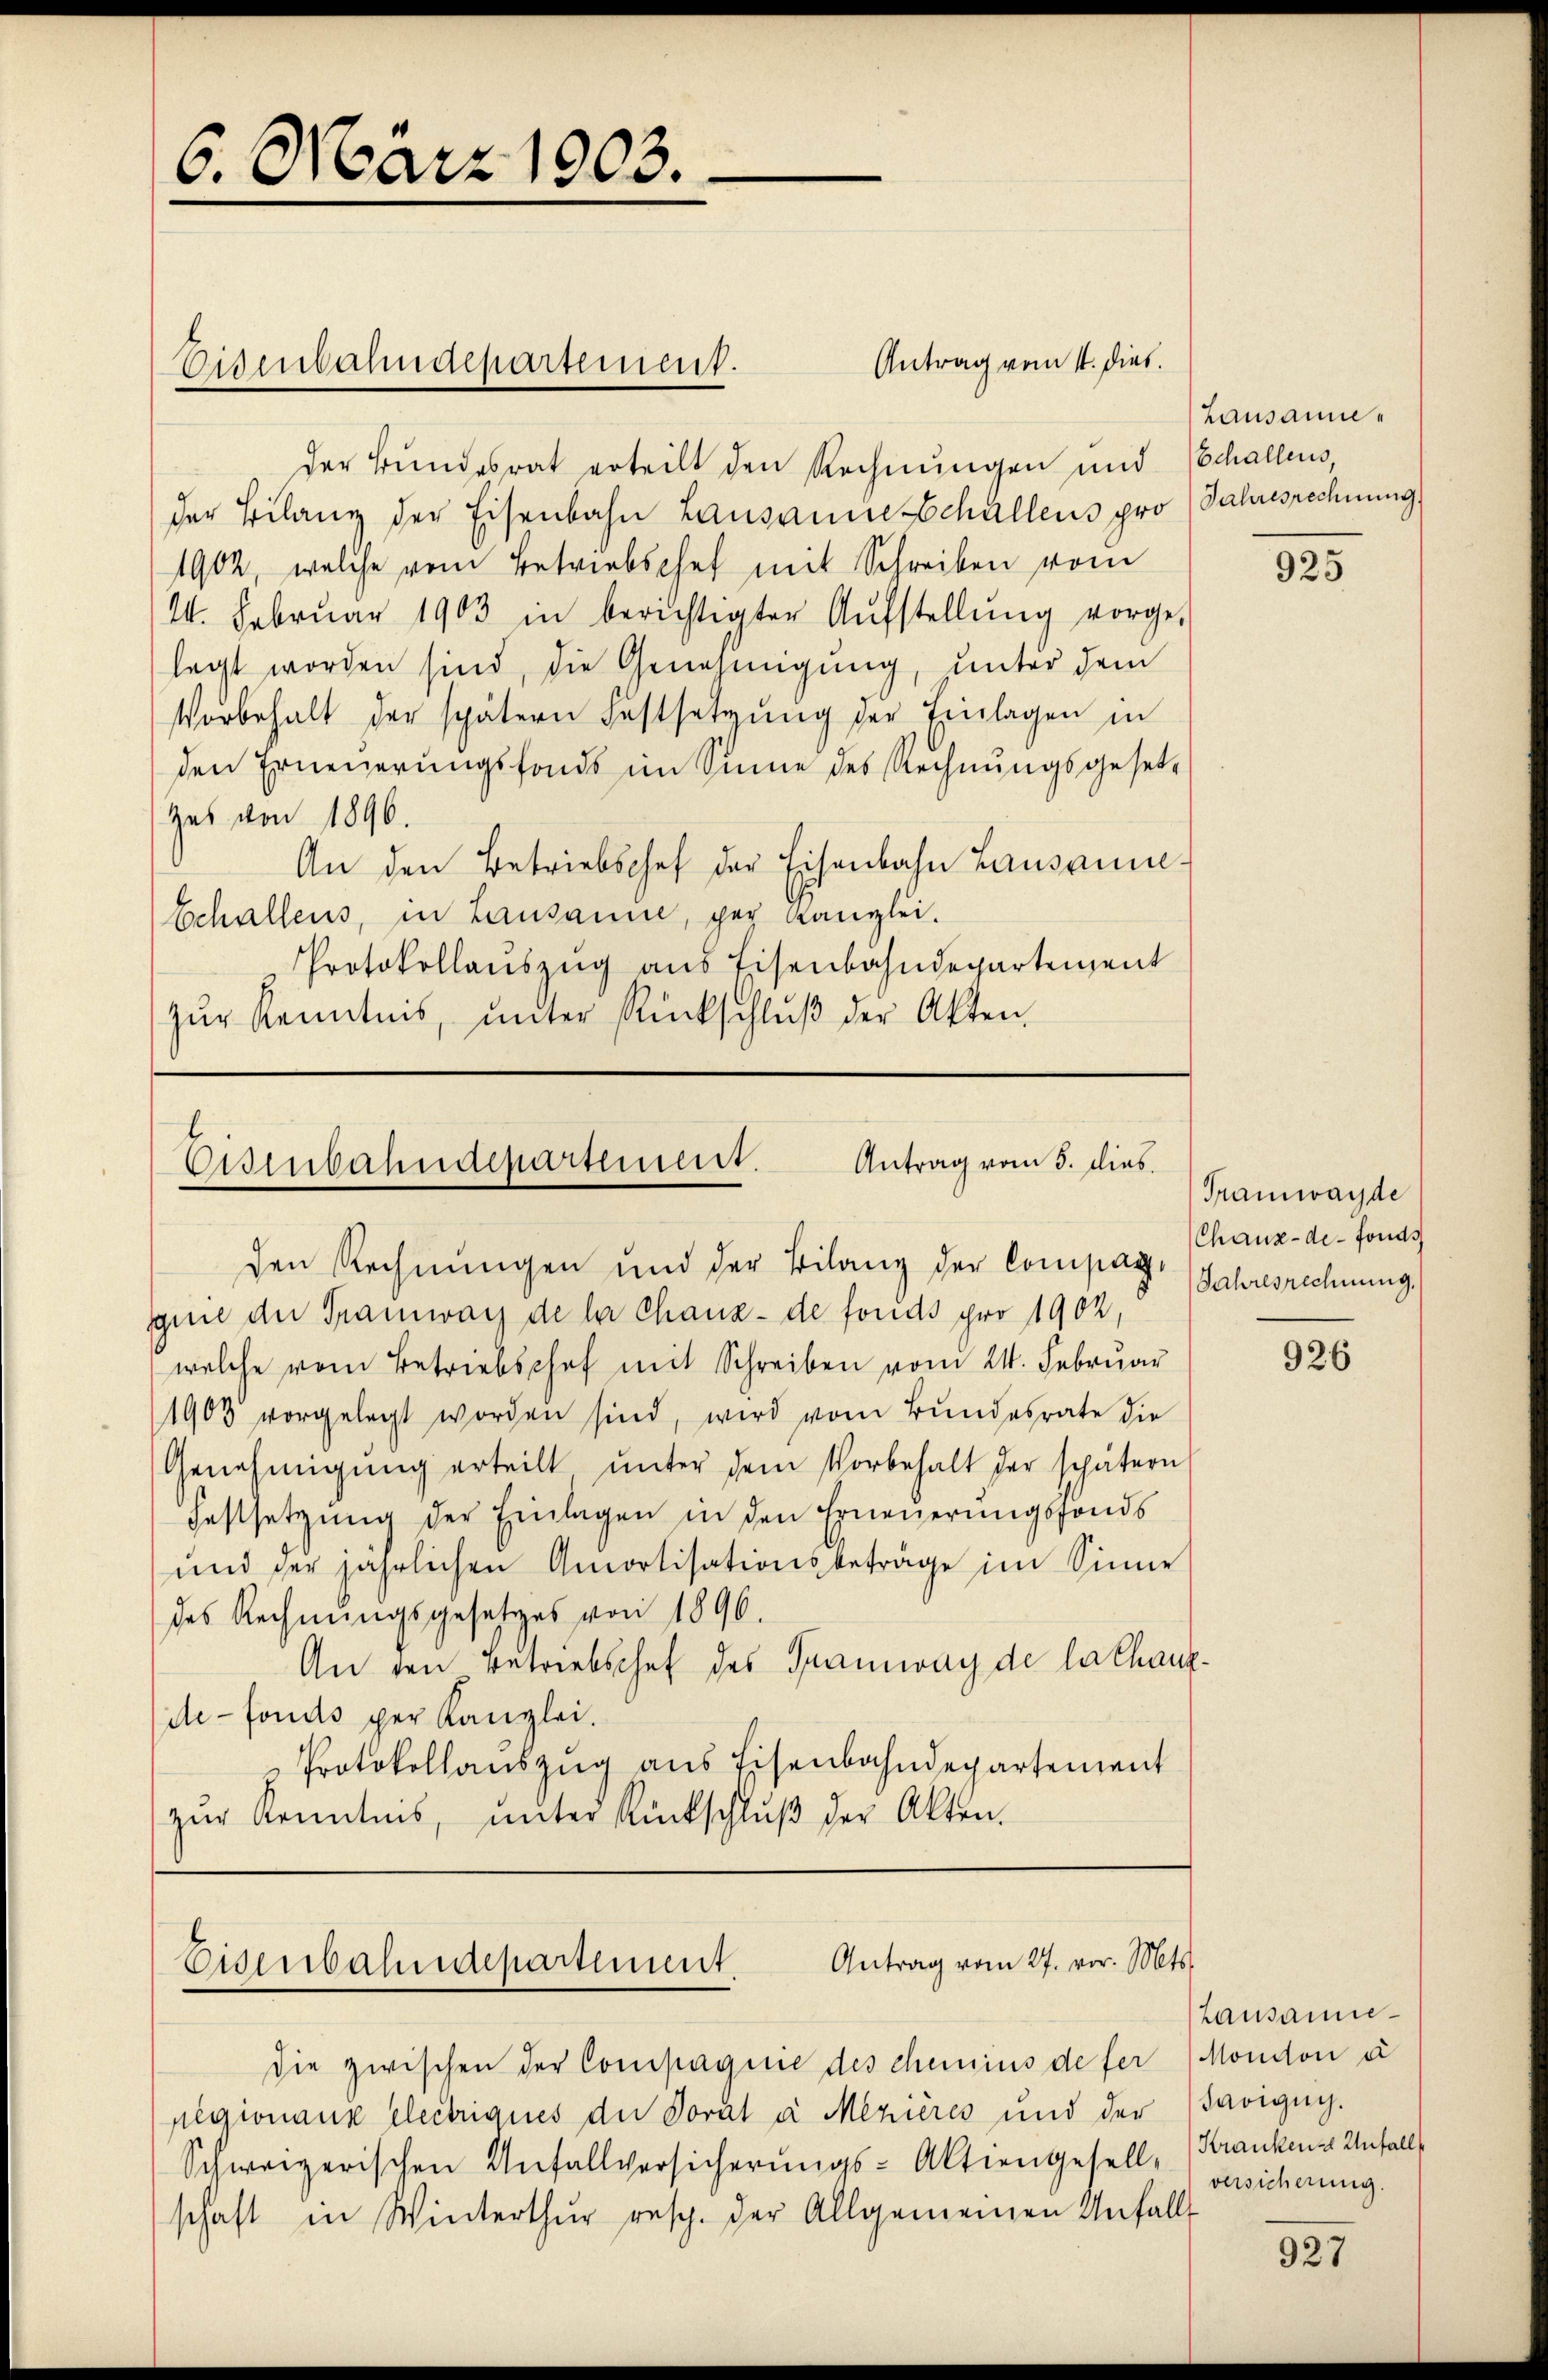
6. März 1903.

Der Bundesrat erteilt den Rechnungen und Schallens
der Bilanz der Eisenbahn Lausanneschällens pro Jahresrechnung
1902, welche vom Betriebschef mit Schreiben vom
14. Febrŭar 1903 in berichtigter Aŭfstellŭng vorge-
legt worden sind, die Genehmigung, unter dem
Vorbehalt der spätern Festsetzung der Einlagen in
den Erneuerungsfonds im Sinne des Rechnungsgesetz
zes von 1896.
An den Betriebschef der Eisenbahn Lausanne¬
Echallens, in Lausanne, per Kanzlei.
Protokollaŭszŭg ans Eisenbahndepartement
zŭr Kenntnis, ŭnter Rückschlŭβ der Akten.

Eisenbahndepartement.

Antrag vom 11. dies.

Antrag vom 5. dies
Osenbahndepartement.

den Rechnungen und der Bilanz der Compart Jahresrechnung.
gine der Tramways de la chanz- de fonds pro 1902,
welche vom Betriebschef mit Schreiben vom 24. Februar
1903 vorgelegt worden sind, wird vom Bŭndesrate die
Genehmigŭng erteilt ŭnter dem Vorbehalt der schätern
Festsetzŭng der Einlagen in den Erneuerungsfonds
und der jährlichen Amortisationsbeträge im Sinne
des Rechnungsgesetzes von 1896.
An den Betriebschef des Tramway de la chanzde-Fonds per Kanzlei.
Protokollauszug aus Eisenbahndepartement
zŭr Kenntnis, ŭnter Rückschlŭβ der Akten.

Antrag vom 27. vor. Mts.
Eisenbahndepartement.

die zwischen der Compagnie des chemins de fer
pegionaux electriques der Porat à Mezières und der
Schweizerischen Anfallversicherungs-Aktiengesell-
schaft in Winterthur resp. der Allgemeinen Unfalls

Lausanne¬

925

Tramwayde
Chaux-de-Fonds

926

Lausanne¬
Mondon d
Savigny.
Krankenze Unfall
versicherung.

927